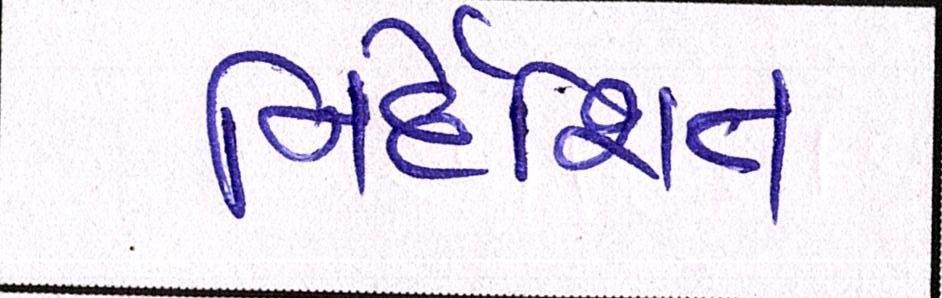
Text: નિર્દેશિત